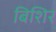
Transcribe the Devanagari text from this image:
बिशिर